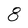
Character: 8